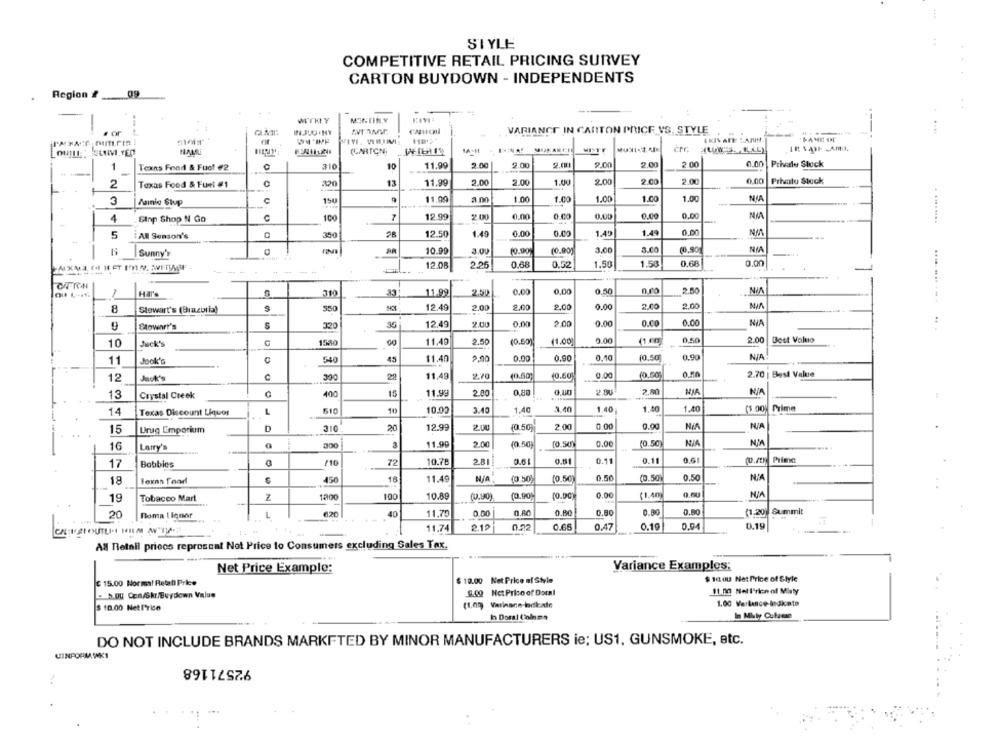
SIYLE
44
COMPETITIVE RETAIL PRICING SURVEY
CARTON BUYDOWN - INDEPENDENTS
Region & ....
09
VARIANCE IN CANTON PRICE VS. STYLE
VIVI. VIMIMMI
WISTY
(CARTONI
2.00
9.00
2.00
9.00
2.00
2 00
0.00
Private Stock
1
Texas Fond & Fuof #2
10
11.99
0.00
Privatu Stock
2
Texas Food & Fuel #1
13
11.99
2.00
2.00
1.00
2.00
2.00
2.00
3
C
150
11.00
1.00
1.00
1.00
1.00
1.00
Asinio Stup
12.99
2.00
0.00
0.00
0.00
0.00
0.00
NIA
4
Ginp Shop N Go
100
0.00
5
All Season's
12.50
1.49
0.00
0.00
1.49
1.49
NU
-
Sunny's
AR
10.99
3.00
10.90
(0.90)
3.00
(0,90)
12.08
2.25
0.68
0,52
1.50
1.58
0.68
0.00
-----
----
0.50
2.50
1
33
11.99
2.50
0.00
0,00
200
0.00
2.00
2.00
8
Stewart's (Brazoria)
550
12.49
2.00
2.00
Flowart's
320
35
12.49
0,00
2.00
0.00
0.00
0.00
NIA
G
150g
00
11,49
2.50
(0.50
11.00
0.00
(1.00
0,50
2.00
Dest Valuto
10
Juck's
2.90
0.10
10.50
0.90
11
Jack's
548
45
$1.40
0.00
0.90
12
22
11.49
2.70
(0.50)
(0.60
0.00
(0,50)
2.70 | Best Value
400
15
11.90
2.80
0.8
2.80
13
Crystal Creek
10.02
3.40
1,40
3.40
1.40
1.50
1.40
(1:00)
Prime
14
Texas Discount Liquor
L
510
10
15
Urug Emporium
D
310
20
12.99
2.00
(0.50)
2.00
0.00
0.00
16
Larry's
11.90
2.00
(0.50)
(0.50)
0.00
10.50
72
10.78
2.8
0.51
0.11
0.11
0.6
Prime
17
Bobbies
/10
18
450
18
11.49
(0.50)
(0.50)
0.50
(0.50
0.50
19
Tobacco Mart
Z
1200
100
10.89
(0.90)
(0.90
(0.00)
0.00
(1.40)
0.50
-
L
620
40
11,79
0.00
0.80
0.80
0.80
0.90
0.80
(1.20) Summit
20
Roma 1 lqnor
11.74
2.19
0.65
0.47
0.19
0.19
en
All Retail prices reproscat Not Price to Consumers excluding Sales Tax.
Net Price Example:
Variance Examples:
$ 10.00 Net Price of Style
$ 16 40 Net Price of Style
€ 15.00 Normal Retail Price
- h.DU Con/Skr/Buydown Value
9.00 Nct Priso of Doral
11.00 Nel l'rion of Misty
$ 10.00 NetPrice
(1.00 Varhane bckale
1.00 Verlance-Indicato
In Mbly Culame
h Doral Column
DO NOT INCLUDE BRANDS MARKFTED BY MINOR MANUFACTURERS ie; US1, GUNSMOKE, etc.
CINPORM WK1
92571168